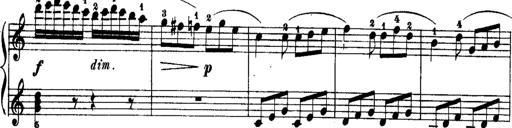
Title: Rondos and Sonatinas for Pianoforte
Composer: Daniel Steibelt